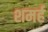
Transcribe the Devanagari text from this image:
शमर्ह